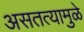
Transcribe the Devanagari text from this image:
असतत्यामुळे